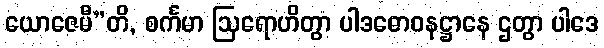
ယောဇေမီ”တိ, စင်္ကမာ ဩရောဟိတွာ ပါဒဓောဝနဋ္ဌာနေ ဌတွာ ပါဒေ